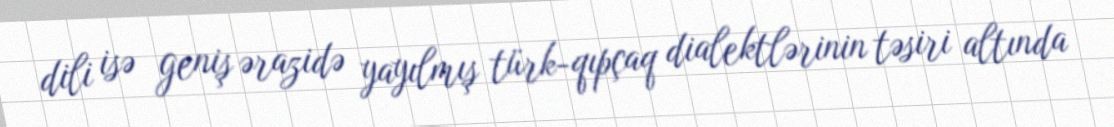
dili isə geniş ərazidə yayılmış türk-qıpçaq dialektlərinin təsiri altında